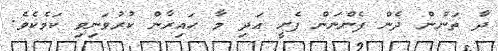
ދާ ތަނުން ދެން ފެންނަން ފެށީ އަދި މާ ޙައިރާން ކުރުވަނިވި ކަމެކެވެ.